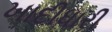
ખાદીધારી